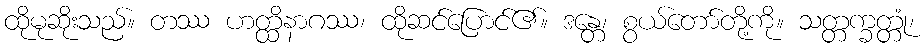
ထိုမုဆိုးသည်။ တဿ ဟတ္ထိနာဂဿ၊ ထိုဆင်ပြောင်၏။ ဒန္တေ၊ စွယ်တော်တို့ကို။ သတ္တက္ခတ္တုံ၊